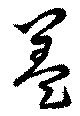
盖